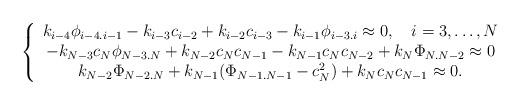
LaTeX: \begin{align*}\left\{\begin{array}{c} k_{i-4}{\phi}_{i-4.i-1}-k_{i-3}c_{i-2}+k_{i-2}c_{i-3}-k_{i-1}{\phi}_{i-3.i} \approx 0,\quad i=3,\ldots, N \\-k_{N-3}c_N{\phi}_{N-3.N}+k_{N-2}c_Nc_{N-1}-k_{N-1}c_Nc_{N-2} + k_N\Phi_{N.N-2}\approx 0\\ k_{N-2}{\Phi}_{N-2.N}+k_{N-1}({\Phi}_{N-1.N-1}-c^2_N)+k_Nc_Nc_{N-1}\approx 0.\end{array}\right.\end{align*}